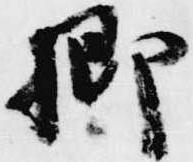
卿